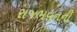
રાજભવનની